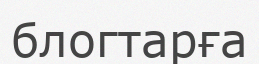
блогтарға